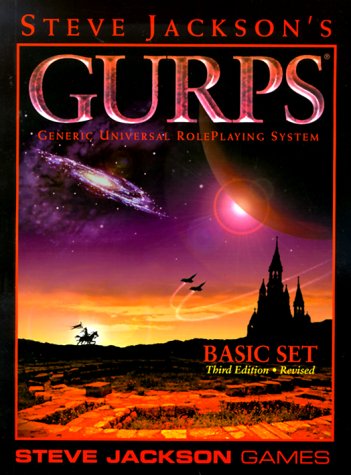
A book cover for GURPS Basic Set; Steve Jackson; Science Fiction & Fantasy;